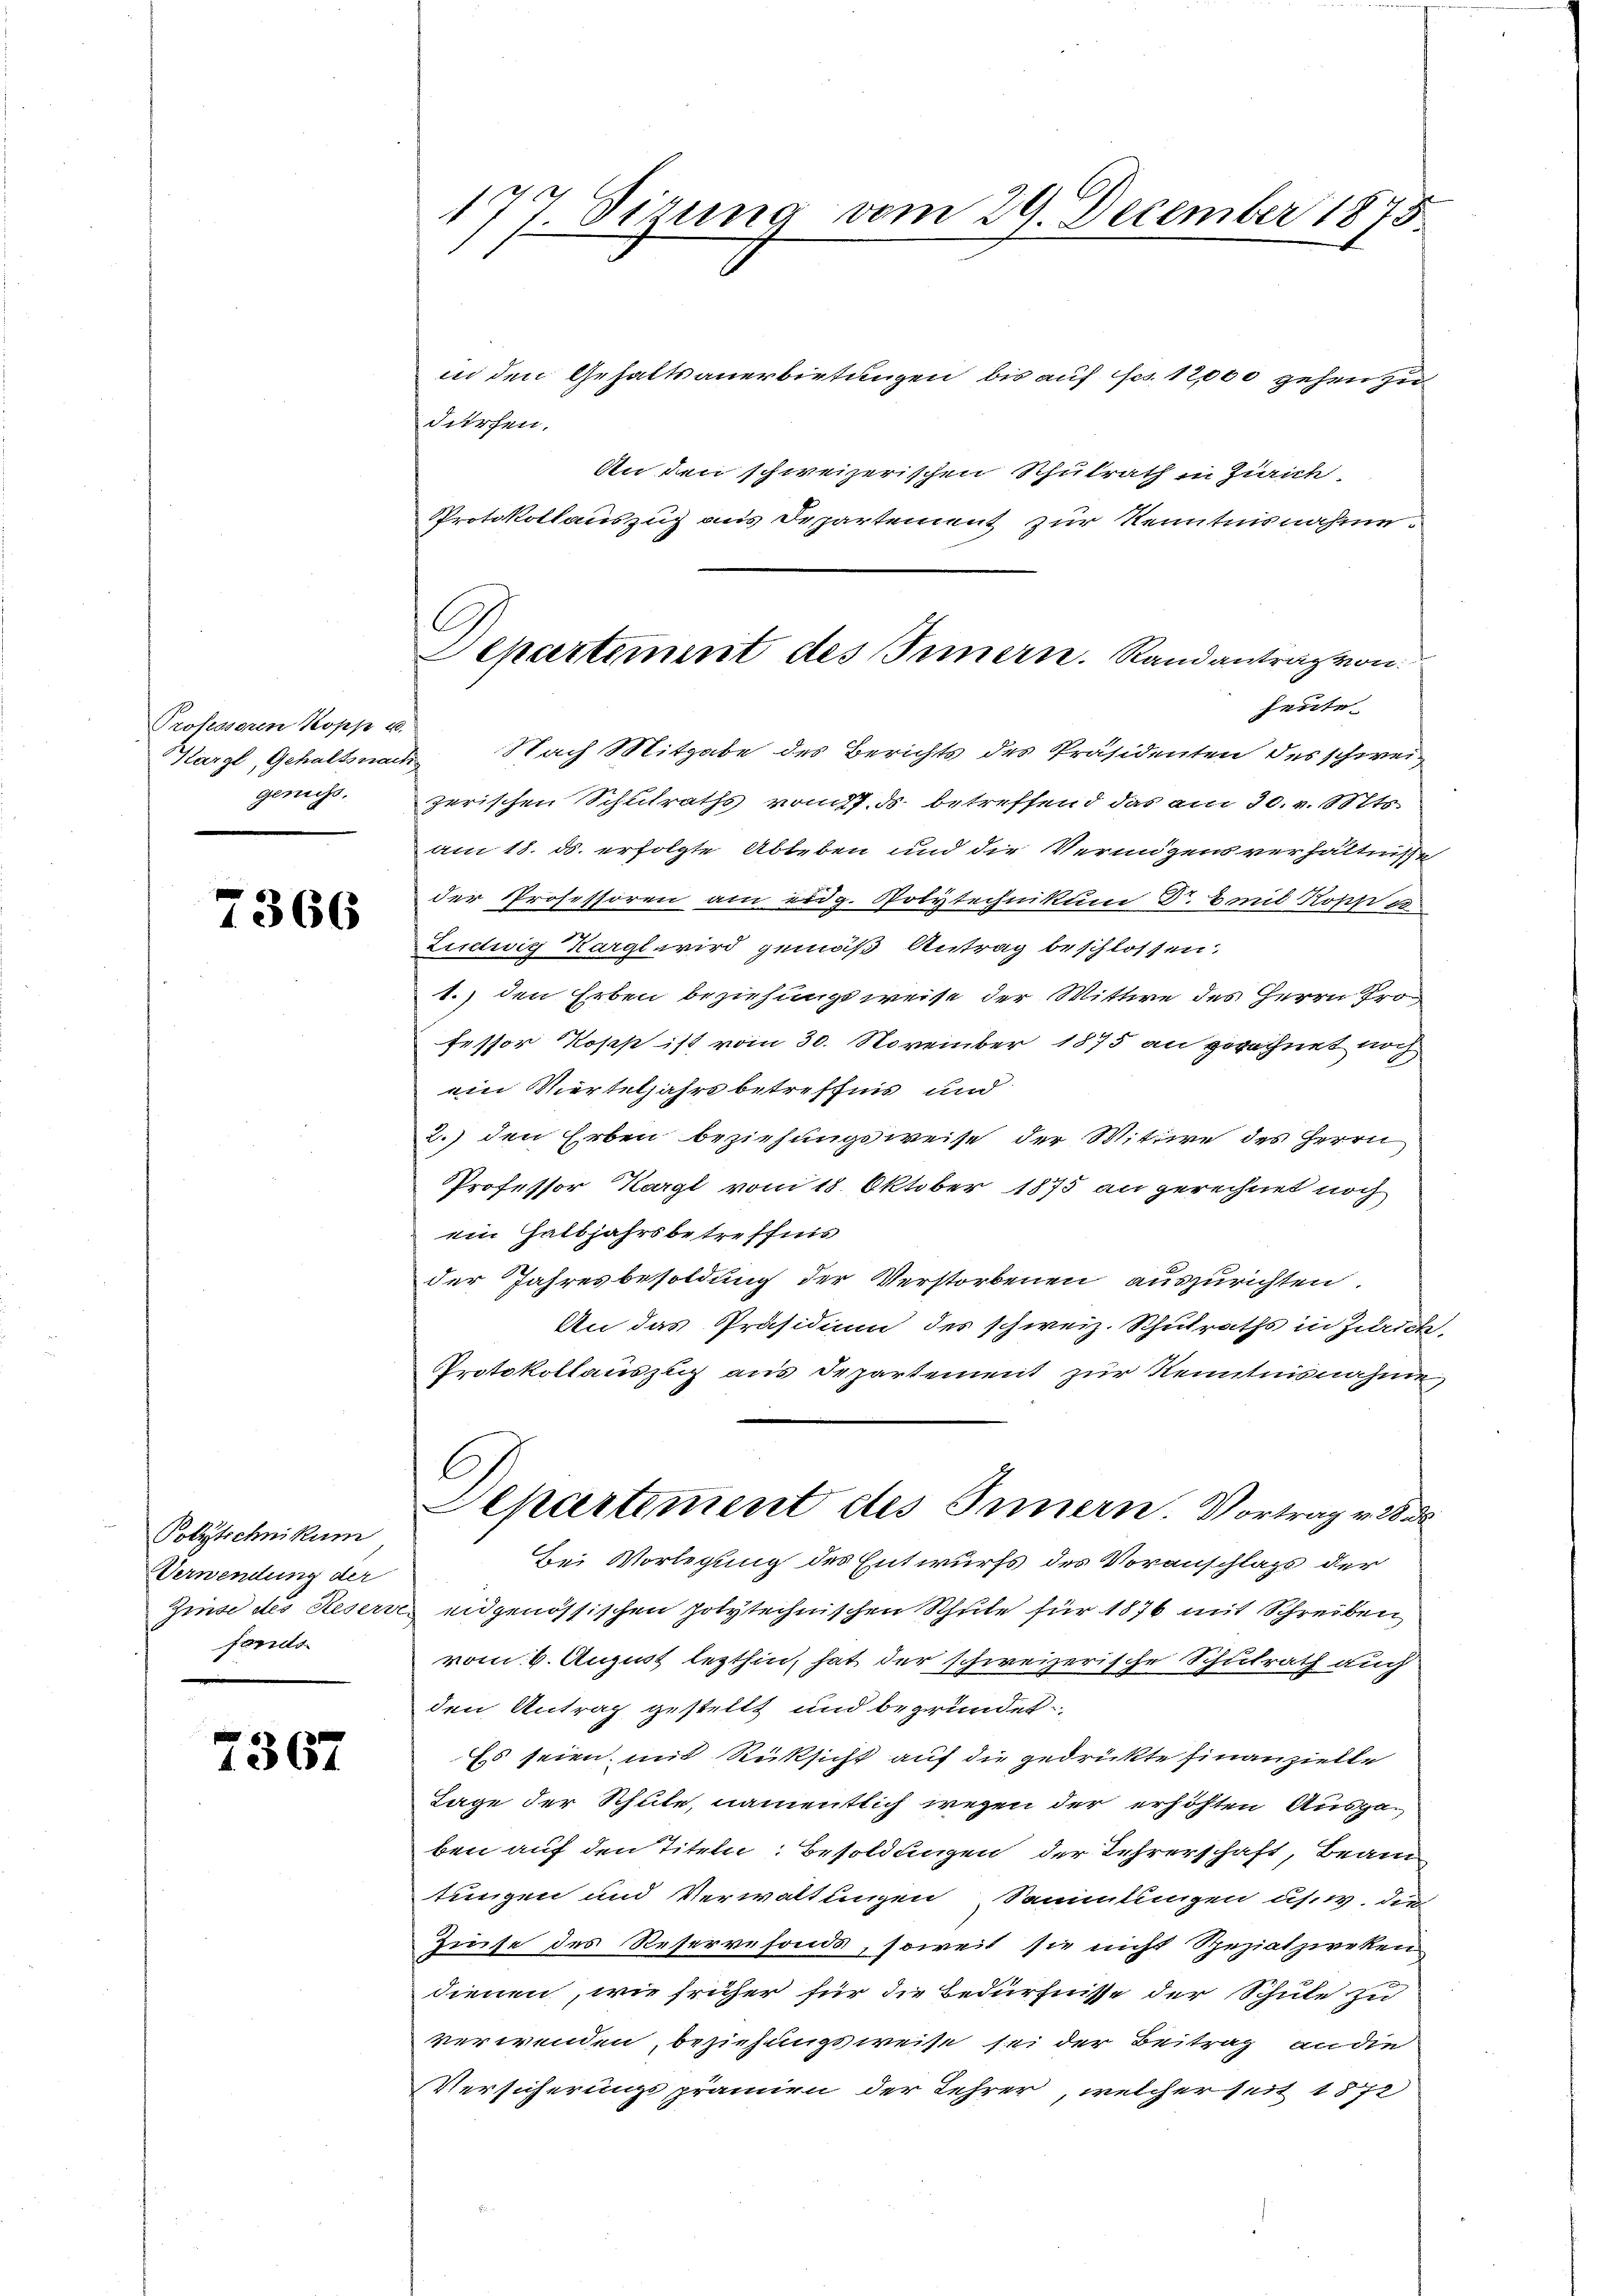
Professoren Kopp u.
genuss.

7366

Polytechnikum
Verwendung der
Zinse des Resers
fonds

7367

177. Sizung vom 29. December 1875.

in den Gehaltsanerbietungen bis auf fcs. 12,000 gehen zu
dürchen.
An den schweizerischen Schulrath in Zürich
Protokollauszug aus Departement zur Kenntnisnahme.
Märgl, Gehaltsnach Nach Mitgabe des Berichts des Präsidenten des schweizerischen Schulraths vom 17. ds. betreffend das am 30. v. Mts.
am 18. ds. erfolgte Ableben und die Vermigensverhältnisse
der Professoren am eidg. Polytechnikum Dr. Bonit Kopp 1
Ludwig Kargl wird gemäß Antrag beschlossen:
1.) den Erben beziehungsweise der Wittwe des Herrn Pro
fessor Koses ist vom 30. November 1875 an gerechnet noch
ein Vierteljahrs betreffnis und
2.) den Erben beziehungsweise der Wittwe des Herrn
Professor Kargl vom 18. Oktober 1875 an gerechnet noch
ein Halbjahrsbetreffnis
der Jahresbesoldung der Verstorbenen auszurichten.
An das Präsidium des schweiz. Schulraths in Zürich,
Protokollauszug aus Departement zur Kenntnisnahme
C
Departiment des Innern. Vortrag v. 28.
Bei Vorlegung des Entwurfs des Voranschlags der
eidgenössischen polytechnischen Schute für 1876 mit Schreiben
vom 6. August lezthin, hat der schweizerische Schulrath auch
den Antrag gestellt und begründet
Es seien, mit Rücksicht auf die gedrükte Finanzielle
Tage der Schule, namentlich wegen der erhöhten Ausgaben auf den Titeln: Besoldungen der Lehrerschaft, Beam
tungen und Verwaltungen Sammlungen usw. die
Zinse des Reservefonds, soweit sie nicht Speziatzweken
dienen, wie früher für die Bedürfnisse der Schule zu
verwenden, beziehungsweise sei der Beitrag an die
Versicherungsprämien der Lehrer, welcherseit 1872

C.
Separtiment des Innern. Randantrag von
heute.